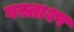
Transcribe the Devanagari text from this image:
गस्ताश्प